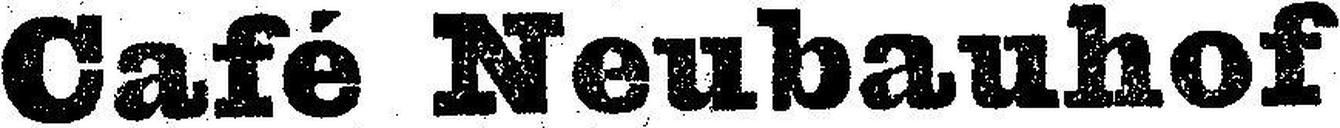
Café Neubauhof